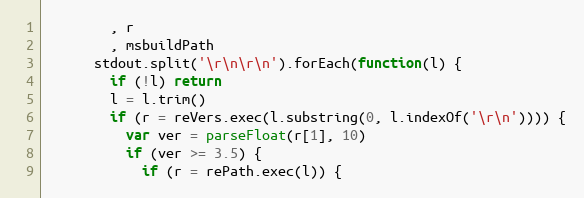
Language: JavaScript
        , r
        , msbuildPath
      stdout.split('\r\n\r\n').forEach(function(l) {
        if (!l) return
        l = l.trim()
        if (r = reVers.exec(l.substring(0, l.indexOf('\r\n')))) {
          var ver = parseFloat(r[1], 10)
          if (ver >= 3.5) {
            if (r = rePath.exec(l)) {